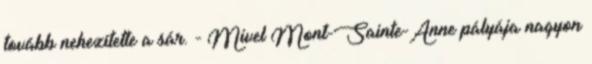
tovább nehezítette a sár. - Mivel Mont-Sainte-Anne pályája nagyon